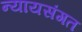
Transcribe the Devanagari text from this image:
न्‍यायसंगत